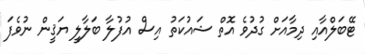
ޓޭބަލްއާއި ދިމާއަށް ގުދުވެ އޮތް ޝައުކަތު އިސް އުފުލާ ބަލާލީ ޔަޤީން ނުވެފަ